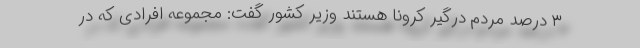
۳ درصد مردم درگیر کرونا هستند وزیر کشور گفت: مجموعه افرادی که در